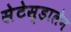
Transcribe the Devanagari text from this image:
सेटेस्डालेन